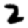
Digit: 2